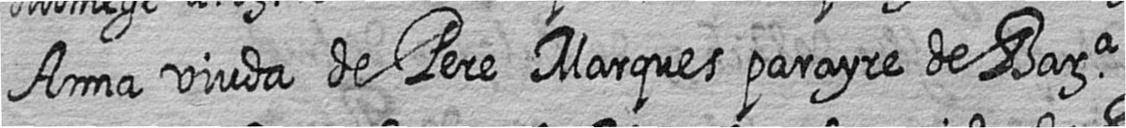
Anna viuda de Pere Marques parayre de Bara